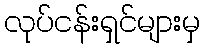
လုပ်ငန်းရှင်များမှ